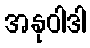
အနုဝါဒါ